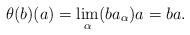
LaTeX: \begin{align*} \theta(b)(a) = \lim_\alpha (ba_\alpha)a = ba. \end{align*}